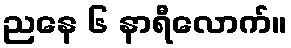
ညနေ ၆ နာရီလောက်။